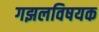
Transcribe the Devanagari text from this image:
गझलविषयक